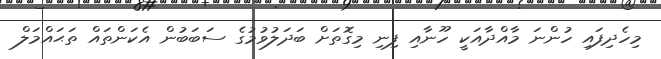
މިހެދިފައި ހުންނަ މާއްދާއަކީ ހޫނާއި ފިނި މިގޮތަށް ބަދަލުވުމުގެ ސަބަބުން އެކަންތައް ތަޙައްމަލް